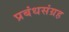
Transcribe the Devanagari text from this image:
प्रबंधसंग्रह